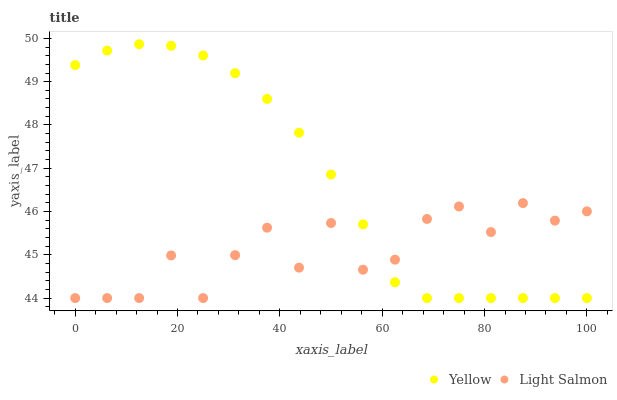
| xaxis_label | Yellow | Light Salmon |
 | --- | --- | --- |
 | 0 | 49.4 | 44 |
 | 6.25 | 49.7 | 44 |
 | 12.5 | 49.9 | 44 |
 | 18.8 | 49.8 | 45 |
 | 25 | 49.6 | 44 |
 | 31.2 | 49.2 | 45 |
 | 37.5 | 48.6 | 45.6 |
 | 43.8 | 47.8 | 44.7 |
 | 50 | 46.9 | 45.7 |
 | 56.2 | 45.7 | 44.7 |
 | 62.5 | 44.4 | 44.9 |
 | 68.8 | 44 | 45.8 |
 | 75 | 44 | 46.1 |
 | 81.2 | 44 | 45.5 |
 | 87.5 | 44 | 46.2 |
 | 93.8 | 44 | 45.8 |
 | 100 | 44 | 46 |